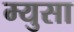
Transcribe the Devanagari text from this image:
म्युसा